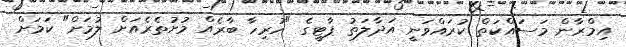
އިމްރާން މަސައްކަތް ކުރައްވަނީ އަދާލަތު ޕާޓީގެ "ހުރިހާ ބާރެއް މުށުތެރެއަށް ލުމަށް" ކަމަށް